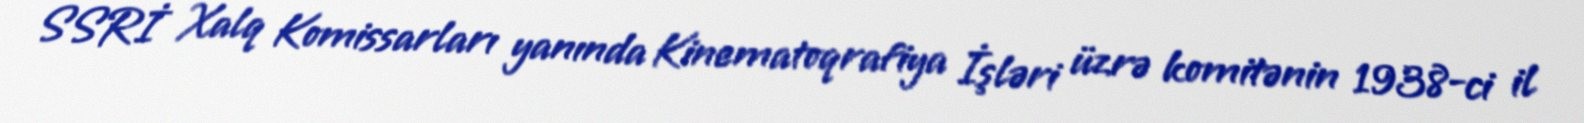
SSRİ Xalq Komissarları yanında Kinematoqrafiya İşləri üzrə komitənin 1938-ci il